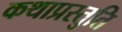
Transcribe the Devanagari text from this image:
कथाप्रस्तुति